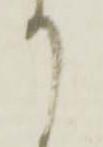
て